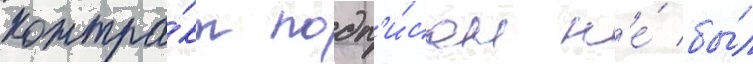
контра́кт подп'и́сан н'е́ бы́л